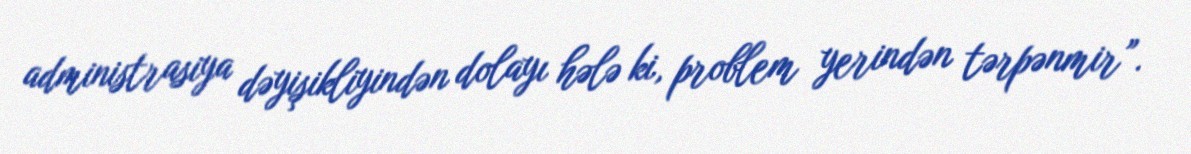
administrasiya dəyişikliyindən dolayı hələ ki, problem yerindən tərpənmir”.